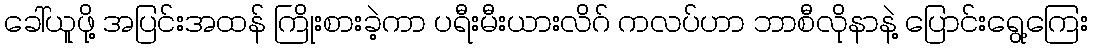
ခေါ်ယူဖို့ အပြင်းအထန် ကြိုးစားခဲ့ကာ ပရီးမီးယားလိဂ် ကလပ်ဟာ ဘာစီလိုနာနဲ့ ပြောင်းရွေ့ကြေး